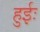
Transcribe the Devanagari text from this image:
हुईः